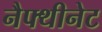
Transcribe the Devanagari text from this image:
नैफ्थीनेट